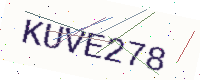
Text: KUVE278